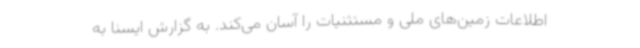
اطلاعات زمین‌های ملی و مستثنیات را آسان می‌کند. به گزارش ایسنا به